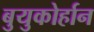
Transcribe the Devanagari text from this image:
बुयुकोर्हान